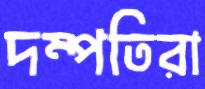
দম্পতিরা